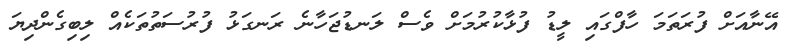
އޭނާއަށް ފުރަތަމަ ހާފްގައި ލީޑު ފުޅާކުރުމަށް ވެސް ލަނޑުޖަހާނެ ރަނގަޅު ފުރުސަތުތަކެއް ލިބިގެންދިޔަ